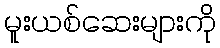
မူးယစ်ဆေးများကို